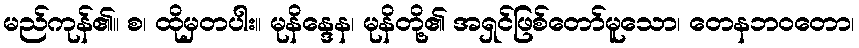
မည်ကုန်၏။ စ၊ ထိုမှတပါး။ မုနိန္ဒေန၊ မုနိတို့၏ အရှင်ဖြစ်တော်မူသော၊ တေနဘဝတော၊